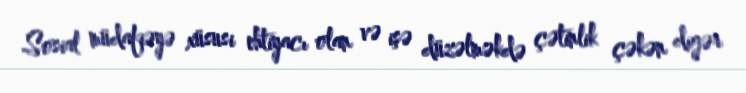
Sosial müdafiəyə xüsusi ehtiyacı olan və işə düzəlməkdə çətinlik çəkən digər